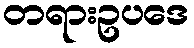
တရားဥပဒေ